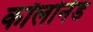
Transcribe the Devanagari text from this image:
कॉलोनेड